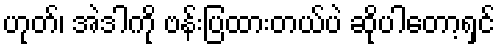
ဟုတ်၊ အဲဒါကို ဗန်းပြထားတယ်ပဲ ဆိုပါတော့ရှင်